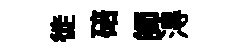
徙碚師淂